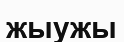
жыужы